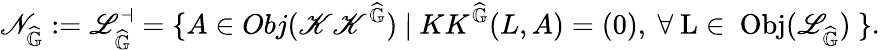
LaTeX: \mathscr{N}_{\widehat{\mathbb{G}}}:=\mathscr{L}_{\widehat{\mathbb{G}}}^{\dashv}=\{ A\in Obj(\mathscr{K}\mathscr{K}^{\widehat{\mathbb{G}}})\ |\ KK^{\widehat{\mathbb{G}}}(L,A)=(0)\mathrm{,~\forall~L\in~Obj(\mathscr{L}_{\widehat{\mathbb{G}}})~}\} .